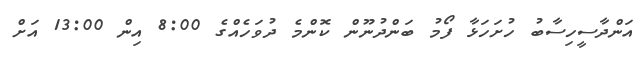
އަންދާސީހިސާބު ހުށަހަޅާ ފޯމު ބަންދުނޫން ކޮންމެ ދުވަހެއްގެ 8:00 އިން 13:00 އަށް